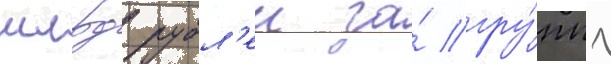
млрд рубл'еи за́ гру́ппу